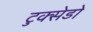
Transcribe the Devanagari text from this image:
टुक्सेडो